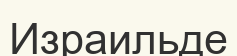
Израильде